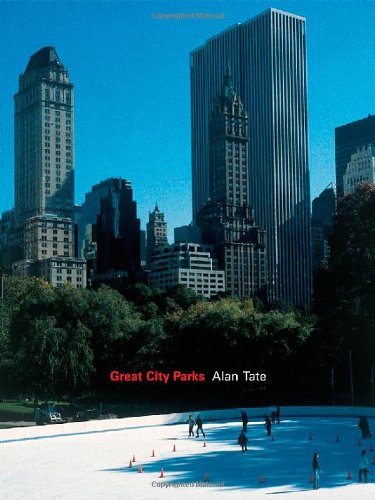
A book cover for Great City Parks; Alan Tate; Travel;